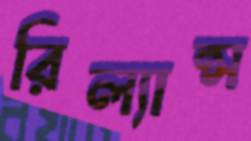
রিল্যান্স